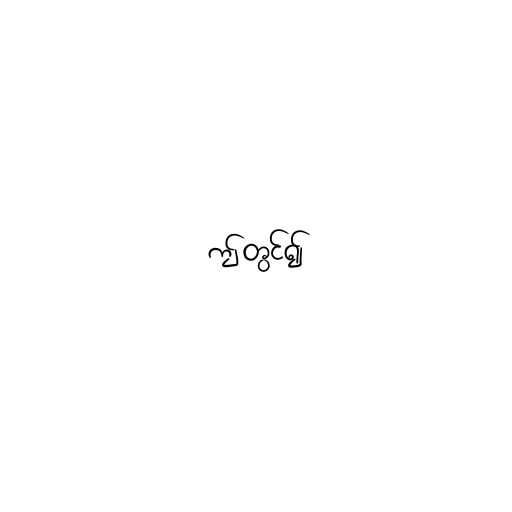
ဤတွင်၍